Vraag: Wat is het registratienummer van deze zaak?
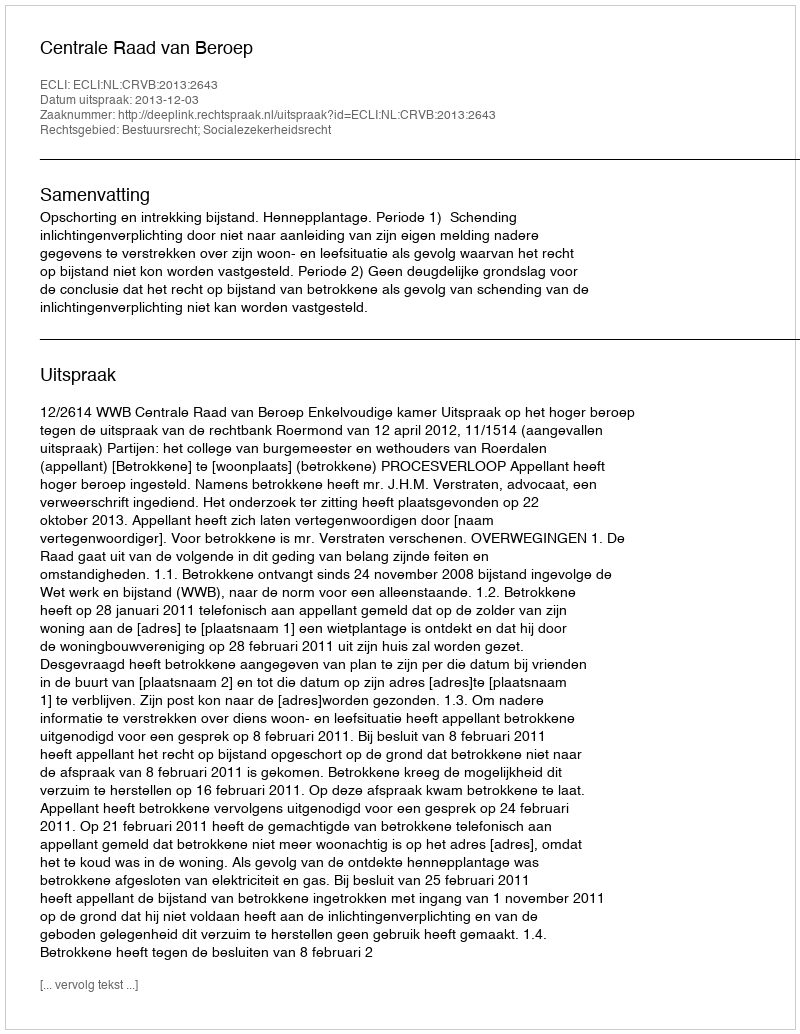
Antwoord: http://deeplink.rechtspraak.nl/uitspraak?id=ECLI:NL:CRVB:2013:2643